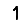
Digit: 1